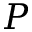
P